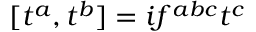
[ t ^ { a } , t ^ { b } ] = i f ^ { a b c } t ^ { c }